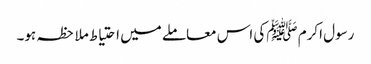
رسول اکرم ﷺکی اس معاملے میں احتیاط ملاحظہ ہو۔